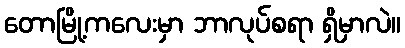
တောမြို့ကလေးမှာ ဘာလုပ်စရာ ရှိမှာလဲ။